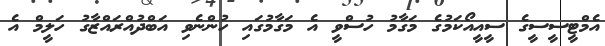
އެމްޓީސީސީގެ ސީއީއޯކަމުގެ މަގާމު ހުސްވީ އެ މަގާމުގައި ހުންނެވި އަބްދުއްރައްޒާގު ހަލީމް އެ